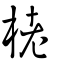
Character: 栳